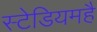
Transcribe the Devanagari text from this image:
स्टेडियमहै